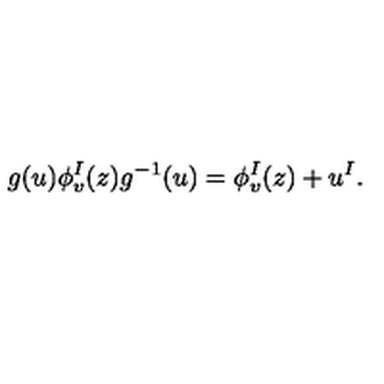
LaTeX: g ( u ) \phi _ { v } ^ { I } ( z ) g ^ { - 1 } ( u ) = \phi _ { v } ^ { I } ( z ) + u ^ { I } .